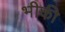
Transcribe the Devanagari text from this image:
भीकी